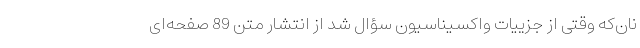
نان‌که وقتی از جزییات واکسیناسیون سؤال شد از انتشار متن 89 صفحه‌ای